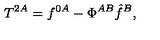
T ^ { 2 A } = f ^ { 0 A } - \Phi ^ { A B } \hat { f } ^ { B } ,